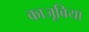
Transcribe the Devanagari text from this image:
काजूबिया